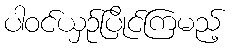
ပါဝင်ယှဉ်ပြိုင်ကြမည့်